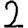
Digit: 2